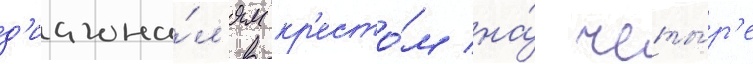
д'иагона́л'ям кр'есто́м на́ четы́р'е